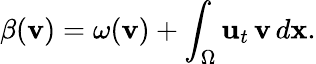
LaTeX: \beta({\mathbf v})=\omega({\mathbf v})+\int_{\Omega}{\mathbf u}_{t}\, {\mathbf v}\, d{\mathbf x}.